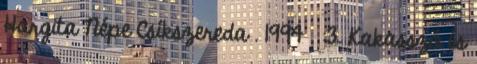
Hargita Népe Csíkszereda . 1994 . :3. Kakasszó és